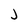
Character: J